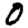
Digit: 0